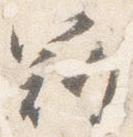
冠